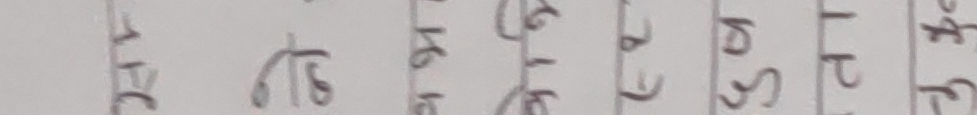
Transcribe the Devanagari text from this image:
मंगल बुध बिहि शुक्र शनि आइ सोम